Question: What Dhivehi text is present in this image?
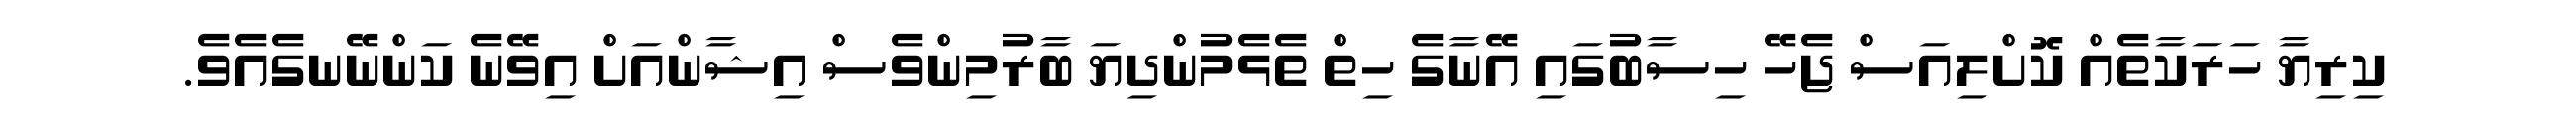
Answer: ކިރިޔާ ހަރަކާތެއް ކޮށްލިއަސް ޖެހޭ ހިސާބުގައި އޭނާގެ ހިތް ތެޅެމުންދިޔަ ބާރުމިންވެސް އިޝާންއަށް އިވޭނެ ކަންނޭނގެއެވެ.